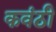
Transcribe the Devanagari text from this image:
कवंठी